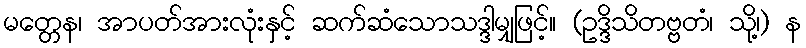
မတ္တေန၊ အာပတ်အားလုံးနှင့် ဆက်ဆံသောသဒ္ဒါမျှဖြင့်။ (ဥဒ္ဒိသိတဗ္ဗတံ၊ သို့၊) န